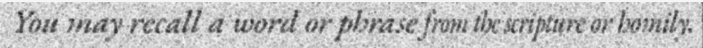
You may recall a word or phrase from the scripture or homily.